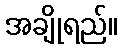
အချိုရည်။